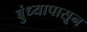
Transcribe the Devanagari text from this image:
बुंध्यापासून